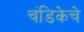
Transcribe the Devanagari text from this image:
चंडिकेचे